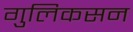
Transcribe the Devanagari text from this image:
गुलिकसन